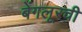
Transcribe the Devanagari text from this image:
बेंगलूरची